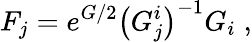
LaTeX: F_{j}=e^{G/2}\left(G_{j}^{i}\right)^{-1}G_{i}\; ,